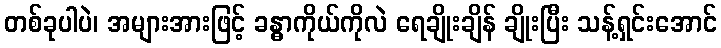
တစ်ခုပါပဲ၊ အများအားဖြင့် ခန္ဓာကိုယ်ကိုလဲ ရေချိုးချိန် ချိုးပြီး သန့်ရှင်းအောင်